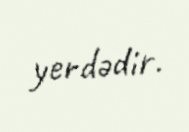
yerdədir.